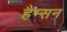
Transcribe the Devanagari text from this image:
हैम्सन